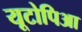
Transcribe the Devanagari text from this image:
यूटोपिआ